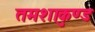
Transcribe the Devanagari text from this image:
तमशाकुण्ड